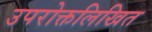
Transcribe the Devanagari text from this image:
उपरोक्तलिखित